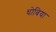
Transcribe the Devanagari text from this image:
धोबिया